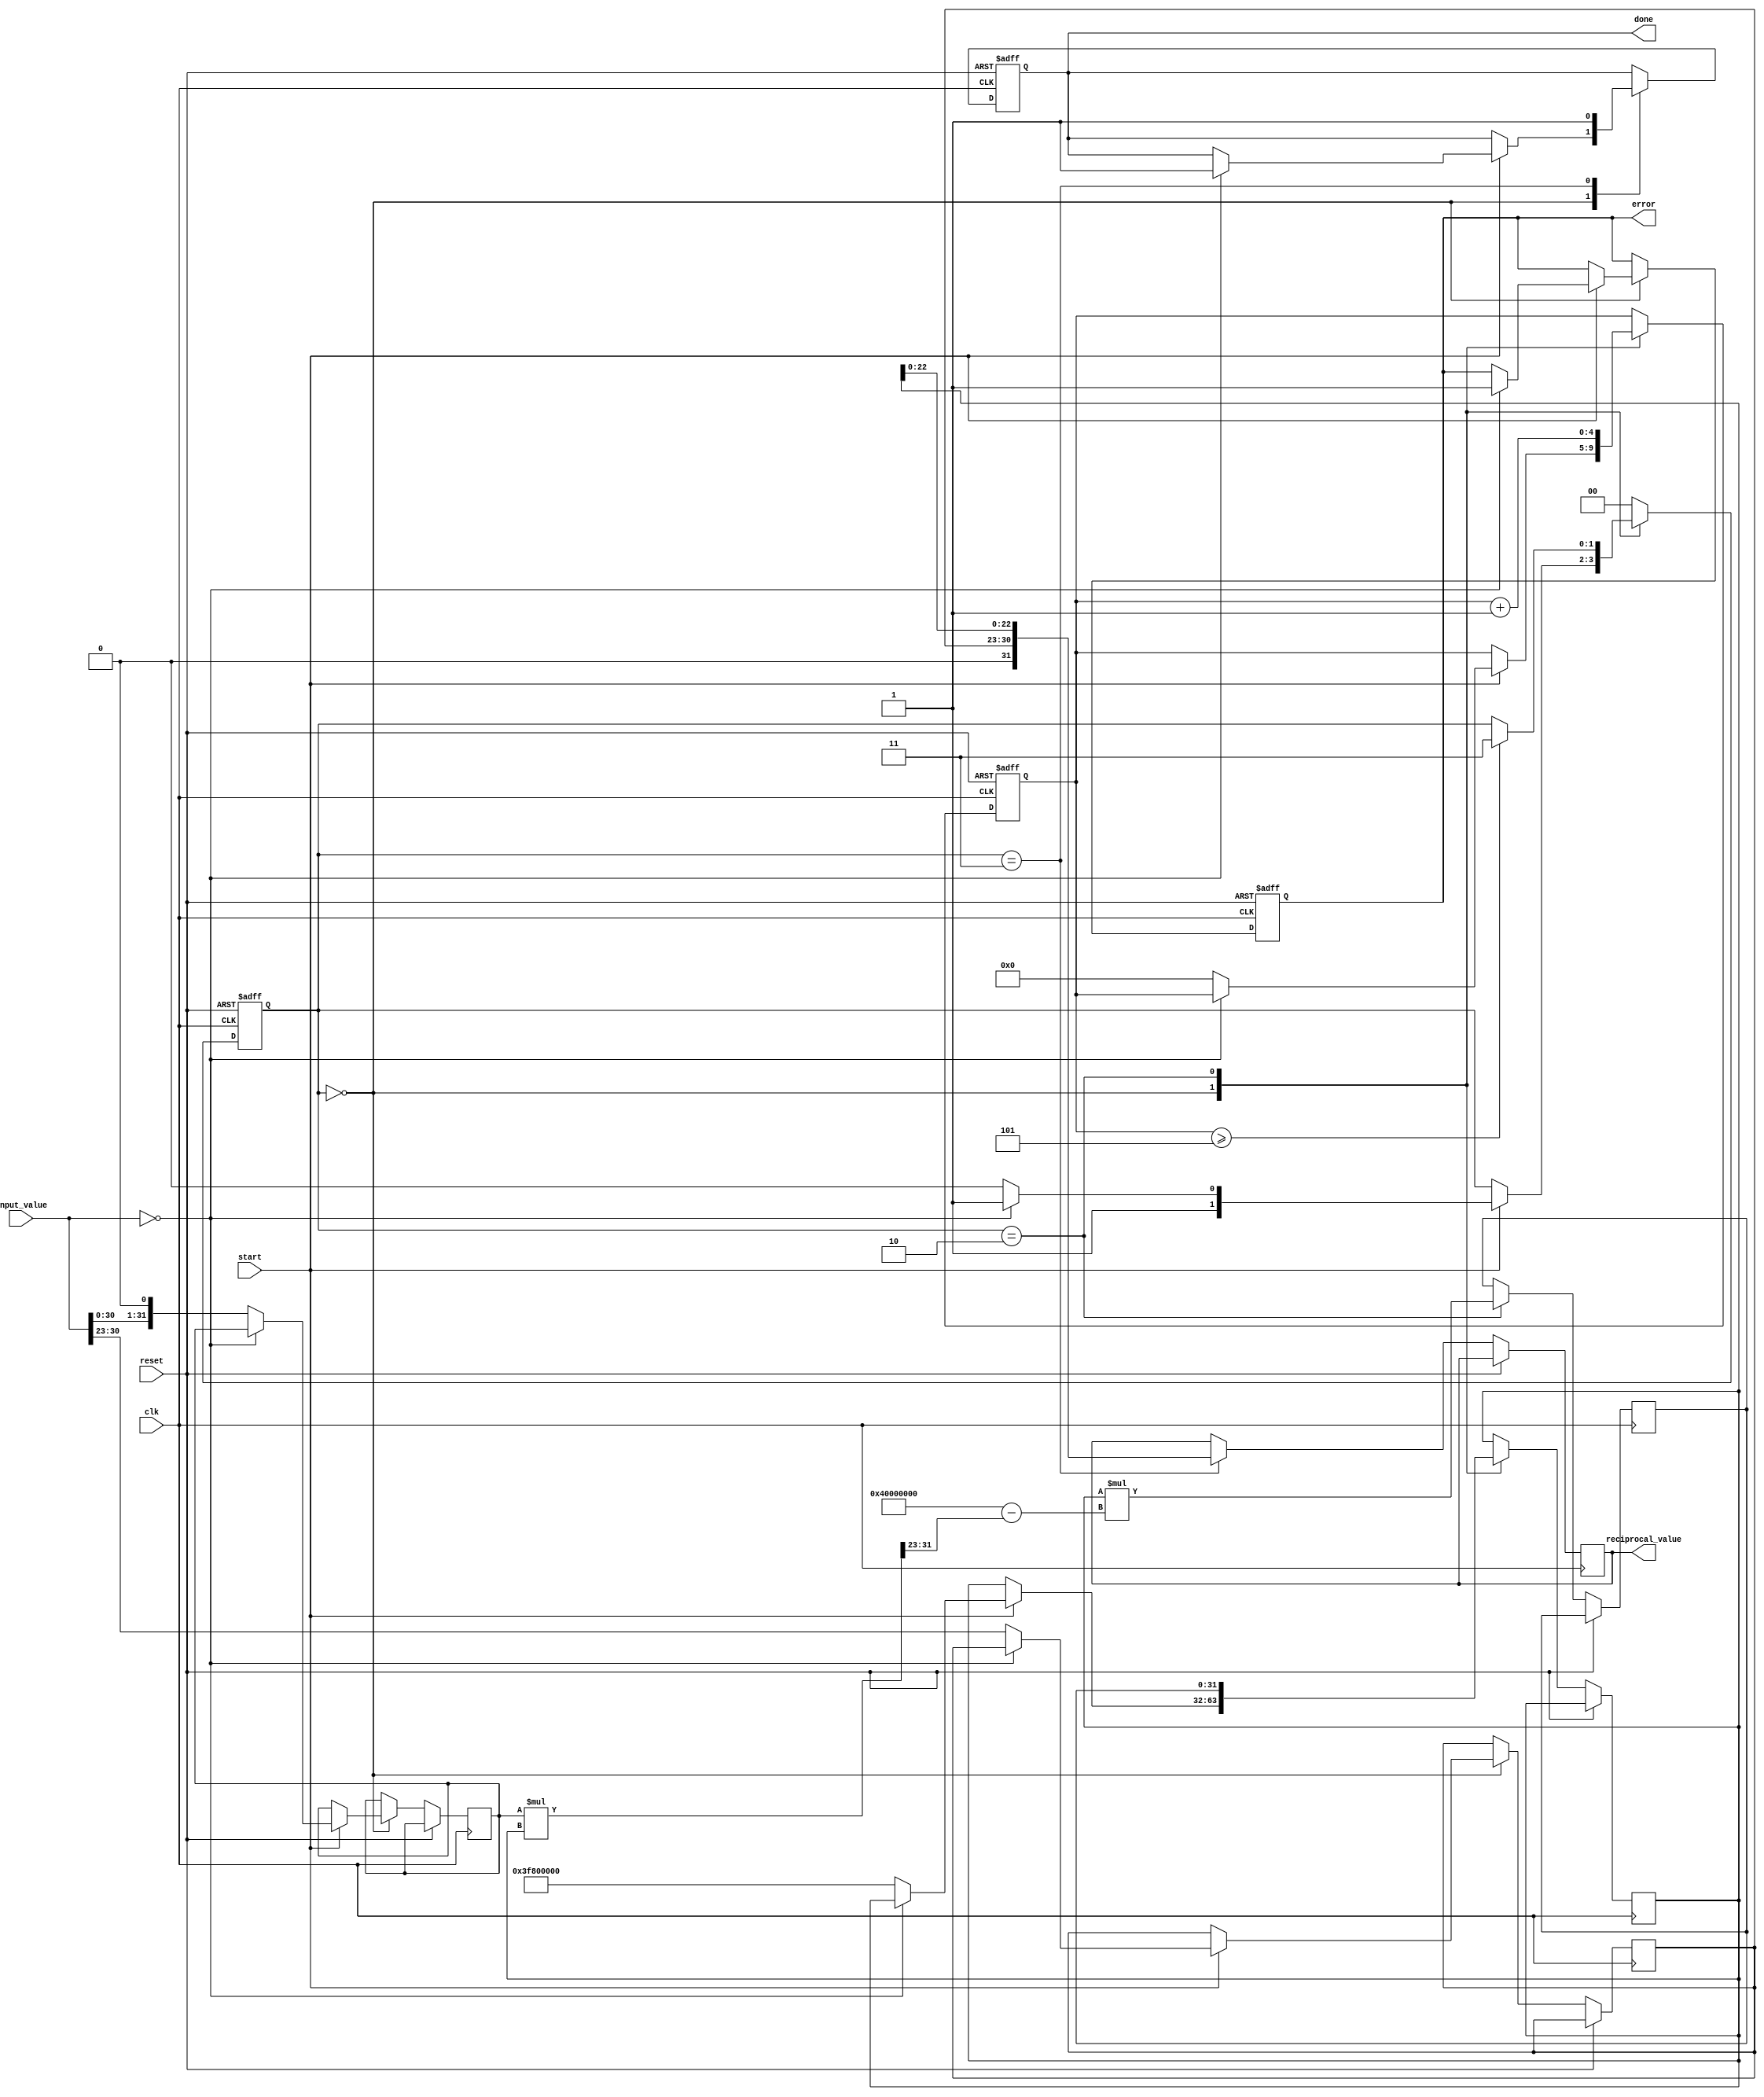
module floating_point_reciprocal (
    input wire clk,
    input wire reset,
    input wire start,
    input wire [31:0] input_value, // Single precision IEEE 754 (1 bit sign, 8 bits exponent, 23 bits mantissa)
    output reg [31:0] reciprocal_value, // Output reciprocal in IEEE 754 format
    output reg done,
    output reg error
);

    // Internal signals
    reg [1:0] state; // State machine for control
    reg [7:0] exponent;
    reg [22:0] mantissa;
    reg sign;
    reg [31:0] approx; // Approximation of reciprocal
    reg [31:0] x; // Input value in fixed-point representation
    reg [31:0] r; // Current approximation of 1/x
    reg [4:0] iteration_count; // Iteration counter

    // State definitions
    localparam IDLE = 2'b00;
    localparam NORMALIZE = 2'b01;
    localparam ITERATE = 2'b10;
    localparam DONE = 2'b11;

    // Initial state
    initial begin
        state = IDLE;
        done = 0;
        error = 0;
        iteration_count = 0;
    end

    // State machine
    always @(posedge clk or posedge reset) begin
        if (reset) begin
            state <= IDLE;
            done <= 0;
            error <= 0;
            iteration_count <= 0;
        end else begin
            case (state)
                IDLE: begin
                    if (start) begin
                        // Check for zero input
                        if (input_value == 32'b0) begin
                            error <= 1;
                            done <= 1;
                            state <= DONE;
                        end else begin
                            // Normalization
                            sign <= input_value[31];
                            exponent <= input_value[30:23];
                            mantissa <= {1'b1, input_value[22:0]}; // Implicit leading 1 for normalized values
                            x <= {input_value[30:0], 1'b0}; // Convert to fixed-point
                            approx <= 32'h3F800000; // Initial approximation (1.0 in IEEE 754)
                            iteration_count <= 0;
                            state <= ITERATE;
                        end
                    end
                end

                ITERATE: begin
                    // Newton-Raphson iteration: r_{n+1} = r_n * (2 - x * r_n)
                    r <= approx * (32'h40000000 - (x * approx >> 23)); // x is scaled, shift to adjust
                    approx <= r;
                    iteration_count <= iteration_count + 1;

                    // Check for convergence (fixed number of iterations for simplicity)
                    if (iteration_count >= 5) begin
                        state <= DONE;
                    end
                end

                DONE: begin
                    // Prepare output
                    reciprocal_value <= {1'b0, exponent, approx[22:0]}; // Sign is always 0
                    done <= 1;
                    state <= IDLE; // Go back to idle
                end

                default: state <= IDLE;
            endcase
        end
    end

endmodule